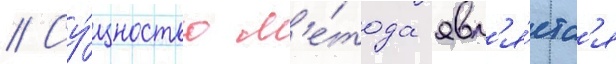
// Су́щностью м'е́тода явл'я́етс'я